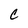
Character: C